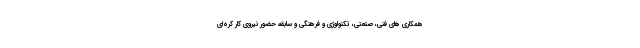
همکاری های فنی، صنعتی، تکنولوژی و فرهنگی و سابقه حضور نیروی کار کره­ای